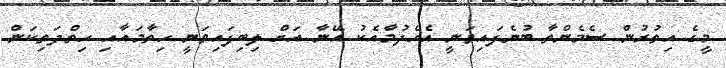
މީގެ އިތުރުން ސެމެންތާ ބުނެފައިވަނީ އެހެދުމާއެކު އޭނާ އަށް ލިބިފައިވަނީ ހިތާމައާއި ހިތްދަތިކަން